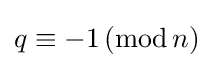
q\equiv -1\,({\text{mod}}\,n)